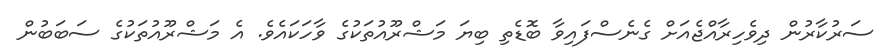
ސަރުކާރުން ދިވެހިރާއްޖެއަށް ގެނެސްފައިވާ ބޮޑެތި ބިޔަ މަޝްރޫއުތަކުގެ ވާހަކައެވެ. އެ މަޝްރޫއުތަކުގެ ސަބަބުން